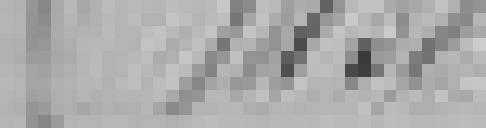
???